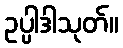
ဥပ္ပါဒါသုတ်။